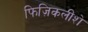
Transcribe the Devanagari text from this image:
फिज़िकलीशे